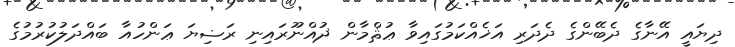
ދިޔައީ އޭނާގެ ދެބޭންގެ ދެދަރި އަޚެއްކަމުގައިވާ ޢުޘްމާން ޛުއްނޫރައިނި ރަޟިޔަ ޢަންހުއާ ބައްދަލުކުރުމުގެ